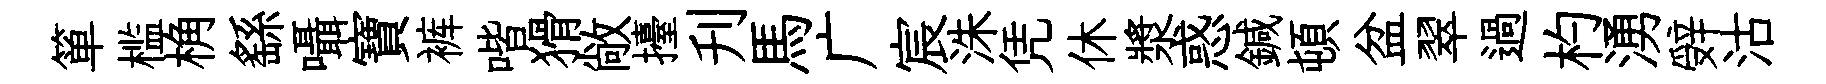
箪槛桷繇囁寶裤喈猾敞擡刋馬广宸洙凭休漿惑鍼頓盆翠過杓湧辤沽